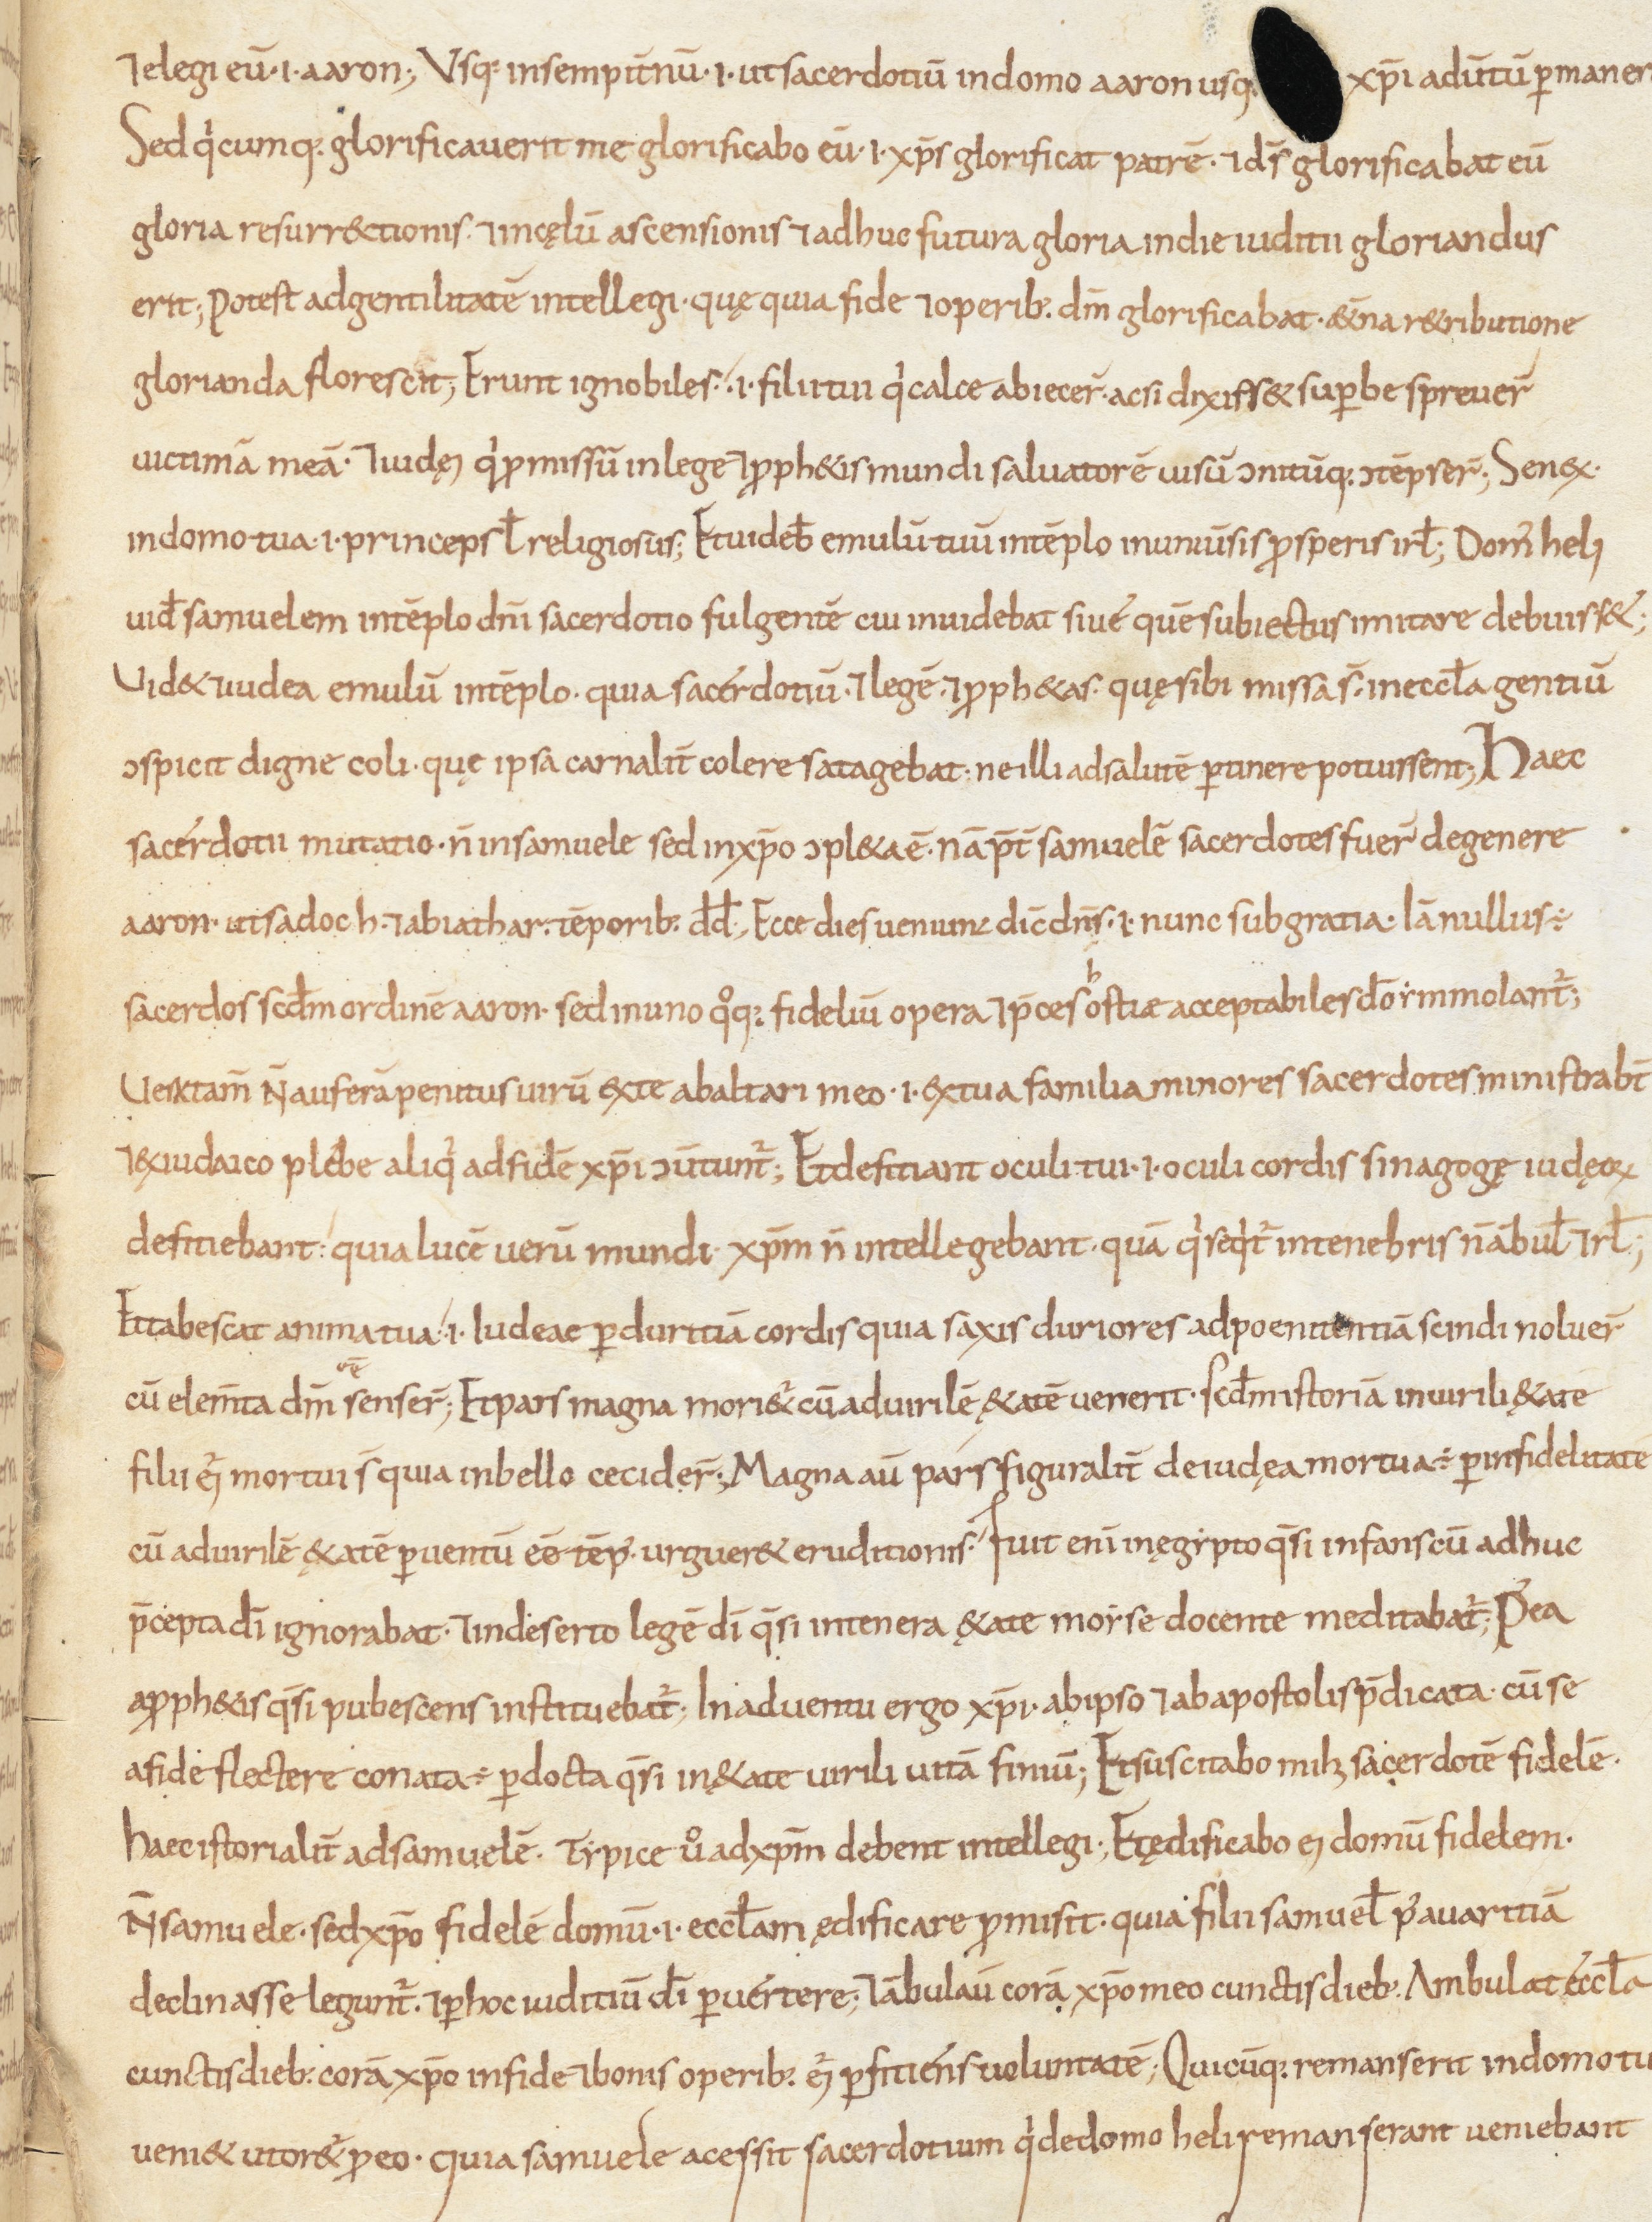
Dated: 800–899